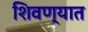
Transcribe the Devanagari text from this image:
शिवण्यात